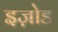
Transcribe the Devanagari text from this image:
इज़ोड